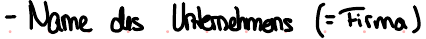
- Name des Unternehmens (= Firma)